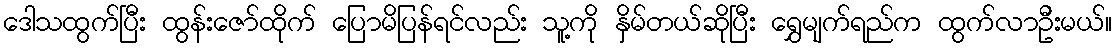
ဒေါသထွက်ပြီး ထွန်းဇော်ထိုက် ပြောမိပြန်ရင်လည်း သူ့ကို နှိမ်တယ်ဆိုပြီး ရွှေမျက်ရည်က ထွက်လာဦးမယ်။